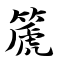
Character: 篪